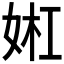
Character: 𫰬